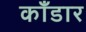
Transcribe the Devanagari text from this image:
काँडार